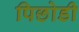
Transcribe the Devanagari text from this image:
पिछोडी